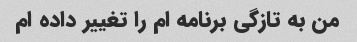
من به تازگی برنامه ام را تغییر داده ام